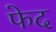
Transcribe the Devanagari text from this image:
फेद